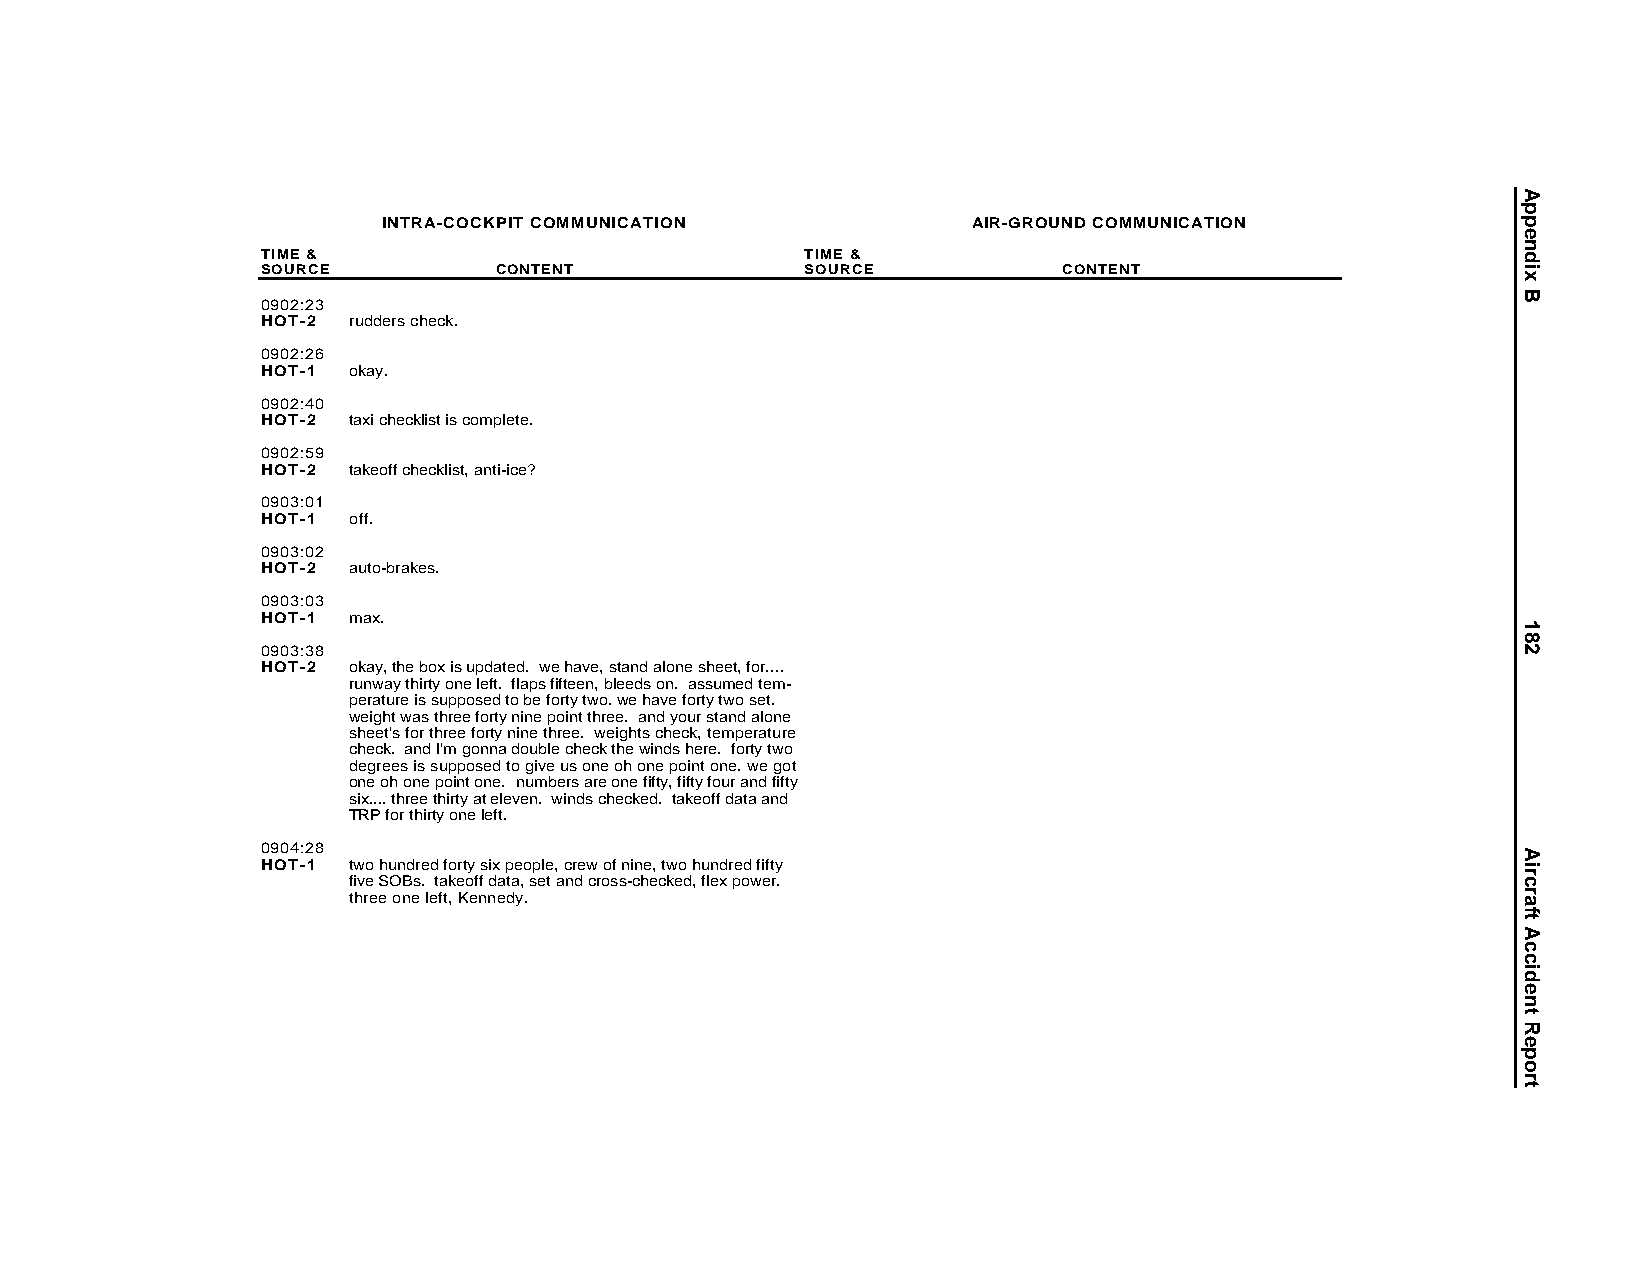
INTRA-COCKPIT COMMUNICATION            AIR-GROUND COMMUNICATION
 TIME &                              TIME &
 SOURCE          CONTENT             SOURCE           CONTENT
 0902:23
 HOT-2 rudders check.
 0902:26
 HOT-1 okay.
 0902:40
 HOT-2 taxi checklist is complete.
 0902:59
 HOT-2 takeoff checklist, anti-ice?
 0903:01
 HOT-1 off.
 0903:02
 HOT-2 auto-brakes.
 0903:03
 HOT-1 max.
 0903:38
 HOT-2 okay, the box is updated. we have, stand alone sheet, for....
 runway thirty one left. flaps fifteen, bleeds on. assumed tem-
 perature is supposed to be forty two. we have forty two set.
 weight was three forty nine point three. and your stand alone
 sheet's for three forty nine three. weights check, temperature
 check. and I'm gonna double check the winds here. forty two
 degrees is supposed to give us one oh one point one. we got
 one oh one point one. numbers are one fifty, fifty four and fifty
 six.... three thirty at eleven. winds checked. takeoff data and
 TRP for thirty one left.
 0904:28
 HOT-1 two hundred forty six people, crew of nine, two hundred fifty
 five SOBs. takeoff data, set and cross-checked, flex power.
 three one left, Kennedy.
 Appendix
 B
 182
 AircraftAccidentReport